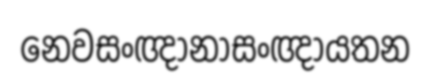
නෙවසංඥානාසංඥායතන